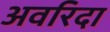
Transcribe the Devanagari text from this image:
अवरिदा